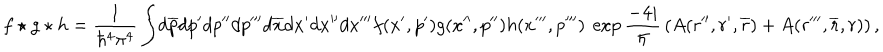
LaTeX: f \star g \star h = { \frac { 1 } { \hbar ^ { 4 } \pi ^ { 4 } } } \int \! d \overline { { { p } } } d p ^ { \prime } d p ^ { \prime \prime } d p ^ { \prime \prime \prime } d \overline { { { x } } } d x ^ { \prime } d x ^ { \prime \prime } d x ^ { \prime \prime \prime } f ( x ^ { \prime } , p ^ { \prime } ) g ( x ^ { \prime \prime } , p ^ { \prime \prime } ) h ( x ^ { \prime \prime \prime } , p ^ { \prime \prime \prime } ) ~ \exp { \frac { - 4 i } { \hbar } } \left( A ( r ^ { \prime \prime } , r ^ { \prime } , \overline { { { r } } } ) + A ( r ^ { \prime \prime \prime } , \overline { { { r } } } , r ) \right) ,